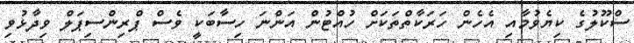
ސްކޫލުގެ ކިޔެވުމާއި އެހެން ހަރަކާތްތަކަށް ހުއްޓުން އަންނަ ހިސާބަކީ ވެސް ޕްރިންސިޕަލް ވިދާޅުވި